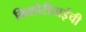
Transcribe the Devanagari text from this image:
किशोरीताईंची